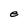
Character: e